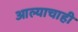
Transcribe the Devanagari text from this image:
आल्याचाही